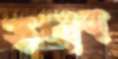
ডলাব